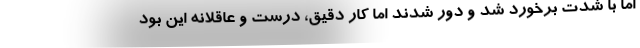
اما با شدت برخورد شد و دور شدند اما کار دقیق، درست و عاقلانه این بود